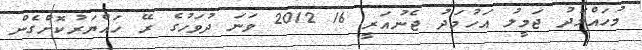
މުހައްމަދު ޖަމީލު އަހުމަދު ޖެނުއަރީ 16 2012 ވަނަ ދުވަހުގެ ރޭ ހައްޔަރުކޮށްގެން